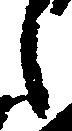
之